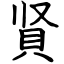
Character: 䝨